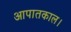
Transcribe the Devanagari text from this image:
आपातकाल।